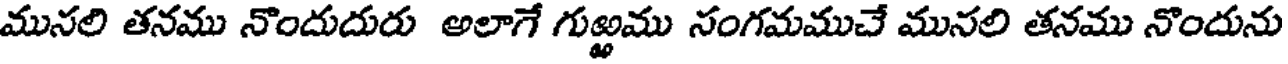
మునలి తనము నొందుదురు అలాగే గుఱ్ఱము నంగమముచే మునలి తనము నొందును